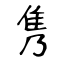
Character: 隽